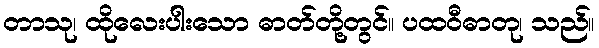
တာသု၊ ထိုလေးပါးသော ဓာတ်တို့တွင်။ ပထဝီဓာတု၊ သည်။